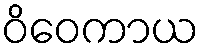
ဝိဝေကာယ